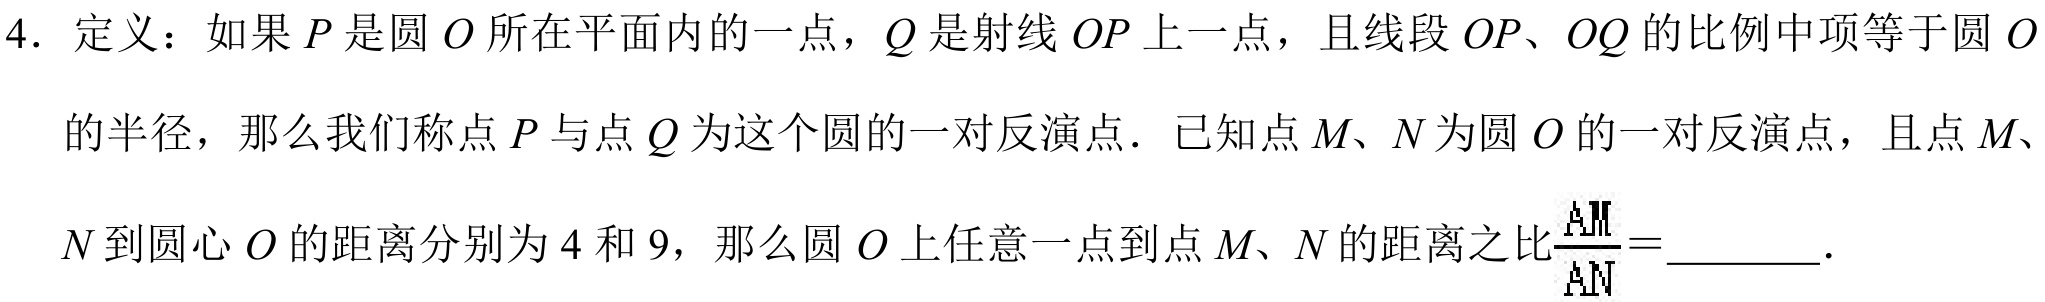
4. 定义：如果$P$是圆$O$所在平面内的一点，$Q$是射线$OP$上一点，且线段$OP、OQ$的比例中项等于圆$O$
的半径，那么我们称点$P$与点$Q$为这个圆的一对反演点．已知点$M、N$为圆$O$的一对反演点，且点$M、$
$N$到圆心$O$的距离分别为$4$和$9$，那么圆$O$上任意一点到点$M、N$的距离之比$\frac{AM}{AN} =$________．